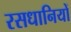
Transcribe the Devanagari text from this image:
रसधानियों